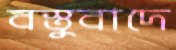
বস্তুবাদে